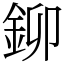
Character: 鉚